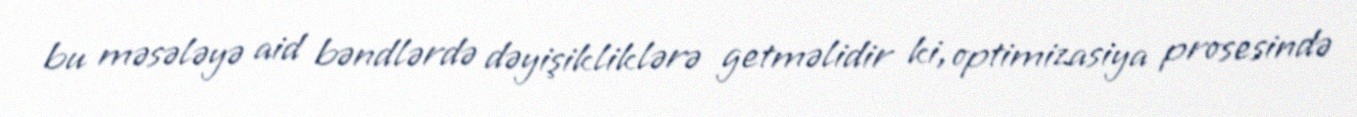
bu məsələyə aid bəndlərdə dəyişikliklərə getməlidir ki, optimizasiya prosesində